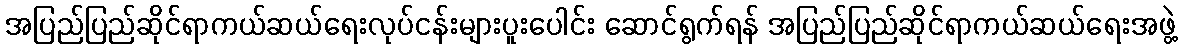
အပြည်ပြည်ဆိုင်ရာကယ်ဆယ်ရေးလုပ်ငန်းများပူးပေါင်း ဆောင်ရွက်ရန် အပြည်ပြည်ဆိုင်ရာကယ်ဆယ်ရေးအဖွဲ့